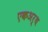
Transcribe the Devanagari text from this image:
एकअर्थ